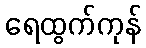
ရေထွက်ကုန်